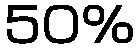
50%